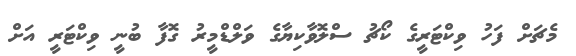
މެޗަށް ފަހު ވިކްޓަރީގެ ކޯޗު ސްލޮވާކިޔާގެ ވަލްޑްމީރު ގޮފާ ބުނީ ވިކްޓަރީ އަށް